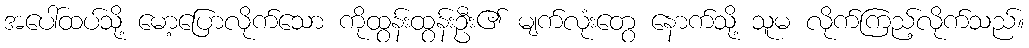
အပေါ်ထပ်သို့ မော့ပြောလိုက်သော ကိုထွန်းထွန်းဦး၏ မျက်လုံးတွေ နောက်သို့ သူမ လိုက်ကြည့်လိုက်သည်။